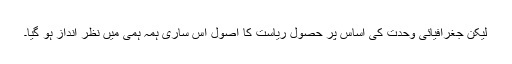
لیکن جغرافیائی وحدت کی اساس پر حصولِ ریاست کا اصول اس ساری ہمہ ہمی میں نظر انداز ہو گیا۔